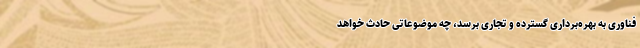
فناوری به بهره‌برداری گسترده و تجاری برسد، چه موضوعاتی حادث خواهد